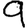
Digit: 9